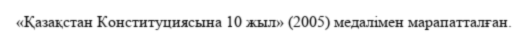
«Қазақстан Конституциясына 10 жыл» (2005) медалімен марапатталған.